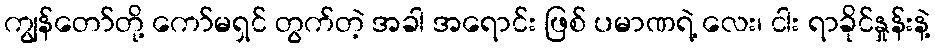
ကျွန်တော်တို့ ကော်မရှင် တွက်တဲ့ အခါ အရောင်း ဖြစ် ပမာဏရဲ့ လေး၊ ငါး ရာခိုင်နှုန်းနဲ့